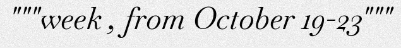
"""week , from October 19-23"""